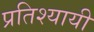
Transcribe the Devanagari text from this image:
प्रतिश्यायी